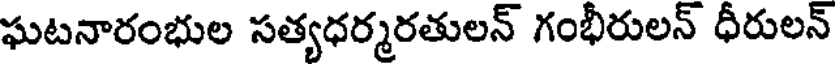
ఘటనారంభుల సత్యధర్మరతులన్ గంభీరులన్ ధీరులన్